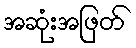
အဆုံးအဖြတ်